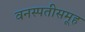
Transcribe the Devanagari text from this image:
वनस्पतीसमूह